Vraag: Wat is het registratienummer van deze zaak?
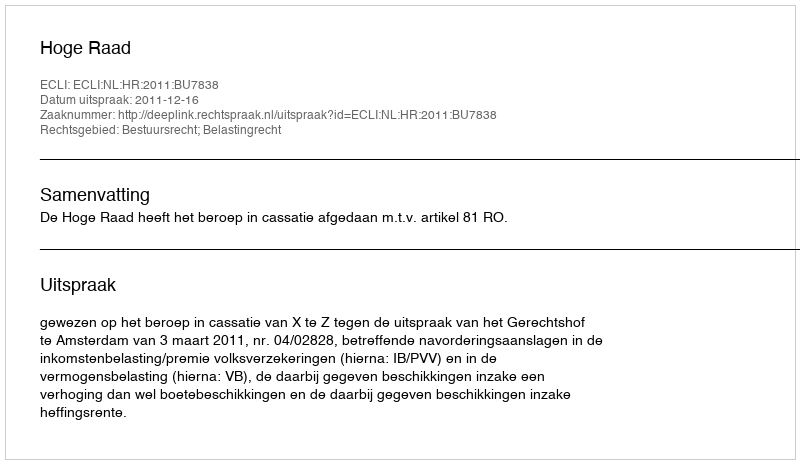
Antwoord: http://deeplink.rechtspraak.nl/uitspraak?id=ECLI:NL:HR:2011:BU7838